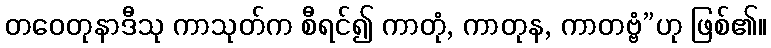
တဝေတုနာဒီသု ကာသုတ်က စီရင်၍ ကာတုံ, ကာတုန, ကာတဗ္ဗံ”ဟု ဖြစ်၏။